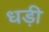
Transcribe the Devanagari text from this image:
धड़ी